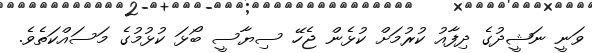
ވަނީ ނަޝީދުގެ ދިފާއު ކުރުމަށް ކުޅެން ޖެހޭ ސިޔާސީ ބޯޅަ ކުޅުމުގެ މަސައްކަތެވެ.